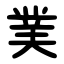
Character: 菐